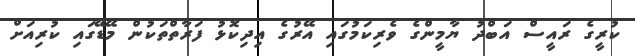
ކުރީގެ ރައީސް އަބްދު ޔާމީންގެ ވެރިކަމުގައި އޭރުގެ އިދިކޮޅު ފަރާތްތަކުން މޭޑޭގައި ކުރިއަށް